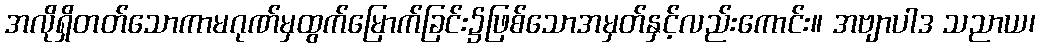
အလိုရှိတတ်သောကာမဂုဏ်မှထွက်မြောက်ခြင်း၌ဖြစ်သောအမှတ်နှင့်လည်းကောင်း။ အဗျာပါဒ သညာယ၊